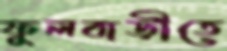
ফুলবাড়ীতে